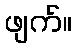
ဖျက်။